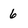
Character: 6